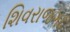
શિવરાજગઢ